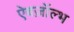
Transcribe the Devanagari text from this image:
ऐबज़ॉल्भ